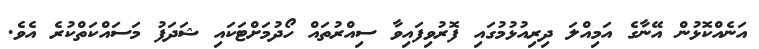
އަނެއްކޮޅުން އޭނާގެ އަމިއްލަ ދިރިއުޅުމުގައި ފޮރުވިފައިވާ ސިއްރުތައް ހޯދުމަށްޓަކައި ޝަދަފު މަސައްކަތްކުރެ އެވެ.